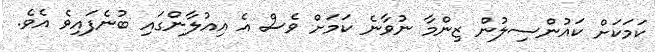
ކަމަކަށް ކައުންސިލުން ޒިންމާ ނުވާނެ ކަމަށް ވެސް އެ އިއުލާންގައި ބުނެފައިވެ އެވެ.